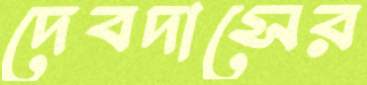
দেবদাসের